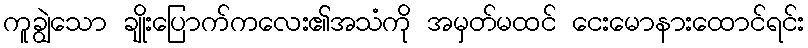
ကူချွဲသော ချိုးပြောက်ကလေး၏အသံကို အမှတ်မထင် ငေးမောနားထောင်ရင်း